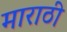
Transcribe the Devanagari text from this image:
माराठी